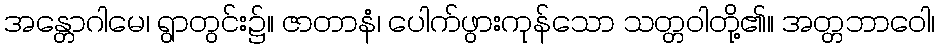
အန္တောဂါမေ၊ ရွာတွင်း၌။ ဇာတာနံ၊ ပေါက်ဖွားကုန်သော သတ္တဝါတို့၏။ အတ္တဘာဝေါ၊